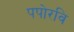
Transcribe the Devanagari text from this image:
पपोरवि